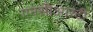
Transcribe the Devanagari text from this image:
एनसीआरटी